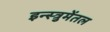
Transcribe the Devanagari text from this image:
इन्स्त्रुमेंतल